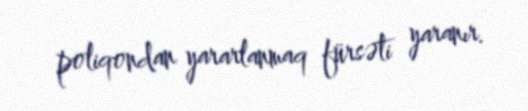
poliqondan yararlanmaq fürsəti yaranır.